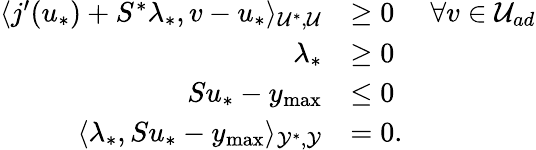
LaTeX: \begin{array}{rlr}{\langle j^{\prime}(u_{*})+S^{*}\lambda_{*},v-u_{*}\rangle_{\mathcal{U}^{*},\mathcal{U}}}&{\ge 0}&{\forall v\in\mathcal{U}_{ad}}\\ {\lambda_{*}}&{\ge 0}\\ {Su_{*}-y_{\operatorname*{max}}}&{\le 0}\\ {\langle\lambda_{*},Su_{*}-y_{\operatorname*{max}}\rangle_{\mathcal{Y}^{*},\mathcal{Y}}}&{=0.}\end{array}